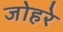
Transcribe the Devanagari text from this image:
जोहरे